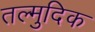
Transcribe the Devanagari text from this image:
तल्मुदिक